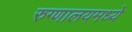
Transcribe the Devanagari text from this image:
रुग्णालयमध्ये